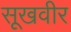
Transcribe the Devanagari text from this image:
सूखवीर